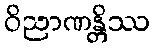
ဝိညာဏန္တိဿ